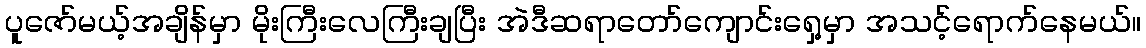
ပူဇော်မယ့်အချိန်မှာ မိုးကြီးလေကြီးချပြီး အဲဒီဆရာတော်ကျောင်းရှေ့မှာ အသင့်ရောက်နေမယ်။